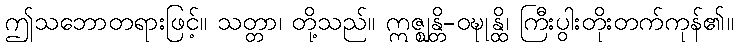
ဤသဘောတရားဖြင့်။ သတ္တာ၊ တို့သည်။ ဣဇ္ဈန္တိ-ဝဍ္ဎုန္ထိ၊ ကြီးပွါးတိုးတက်ကုန်၏။